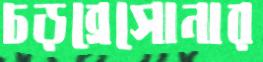
চড়ব্রেসোনার